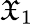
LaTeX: \mathfrak{X}_{1}